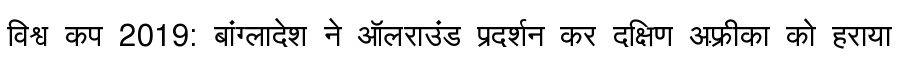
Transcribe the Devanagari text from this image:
विश्व कप 2019: बांग्लादेश ने ऑलराउंड प्रदर्शन कर दक्षिण अफ़्रीका को हराया